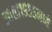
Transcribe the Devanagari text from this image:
आता१९५५मध्ये